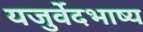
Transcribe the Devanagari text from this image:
यजुर्वेदभाष्य